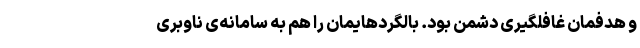
و هدفمان غافلگیری دشمن بود. بالگردهایمان را هم به سامانه‌ی ناوبری